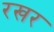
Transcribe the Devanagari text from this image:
रखर